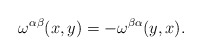
\begin{align*}\omega^{\alpha\beta}(x,y) = -\omega^{\beta\alpha}(y,x).\end{align*}